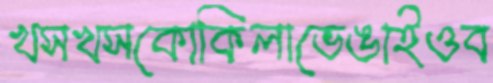
খসখসকোকিলাভেঙাইওব